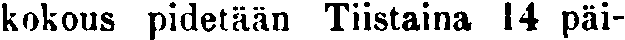
kokous pidetään Tiistaina 14 päi-